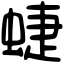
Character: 蜨